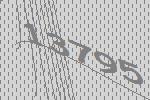
13795